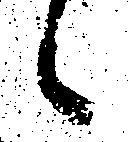
候